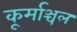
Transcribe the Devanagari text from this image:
कूर्माञ्चल